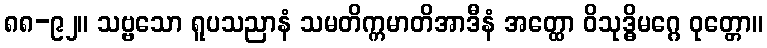
၈၈-၉၂။ သဗ္ဗသော ရူပသညာနံ သမတိက္ကမာတိအာဒီနံ အတ္ထော ဝိသုဒ္ဓိမဂ္ဂေ ဝုတ္တော။